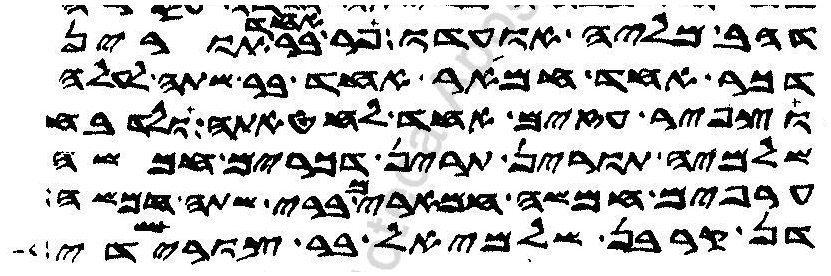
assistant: דהב מליה אועדו פר אחד בר תורין
דכר אחד חמאר אחד בר שתה לעלה
וצפיר עזים אחד לחטאתה ולדבח
שלמיה תורין תרין דכרים חמשה
ערפים חמשה חמארים ברי שתה חמשה
דן קרבן שלמיאל בר צורישדי